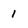
Character: 1